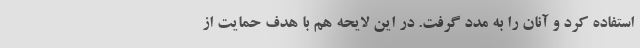
استفاده کرد و آنان را به مدد گرفت. در این لایحه هم با هدف حمایت از